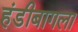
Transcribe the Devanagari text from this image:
हंडीबागला